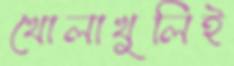
খোলাখুলিই